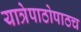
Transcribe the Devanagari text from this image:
यात्रेपाठोपाठच